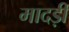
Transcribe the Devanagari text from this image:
मादड़ी